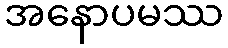
အနောပမဿ